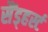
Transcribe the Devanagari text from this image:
सैंड्हर्स्ट